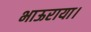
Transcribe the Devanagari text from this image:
भाऊराया।